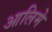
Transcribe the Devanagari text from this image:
आलिमे